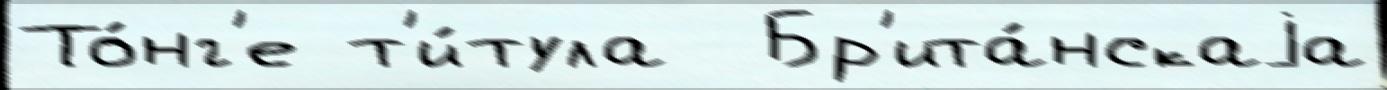
То́нг'е т'и́тула  Бр'ита́нскаjа